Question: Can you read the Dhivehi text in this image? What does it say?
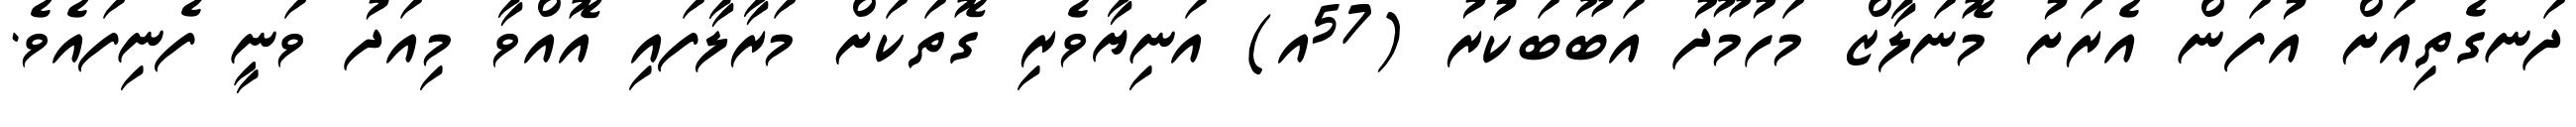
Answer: ދަނގެތިއަށް އުފަން އެރަށު މޮނަލާޒް މަހުމޫދު އަބޫބަކުރު (57އ) އަނިޔާވެރި ގޮތަކަށް މަރާލާފައި އޮއްވާ މިއަދު ވަނީ ފެނިފައެވެ.